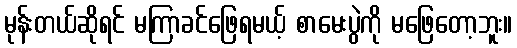
မုန်းတယ်ဆိုရင် မကြာခင်ဖြေရမယ့် စာမေးပွဲကို မဖြေတော့ဘူး။